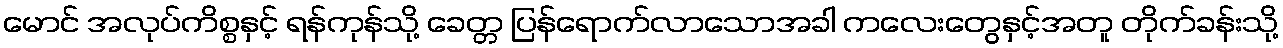
မောင် အလုပ်ကိစ္စနှင့် ရန်ကုန်သို့ ခေတ္တ ပြန်ရောက်လာသောအခါ ကလေးတွေနှင့်အတူ တိုက်ခန်းသို့